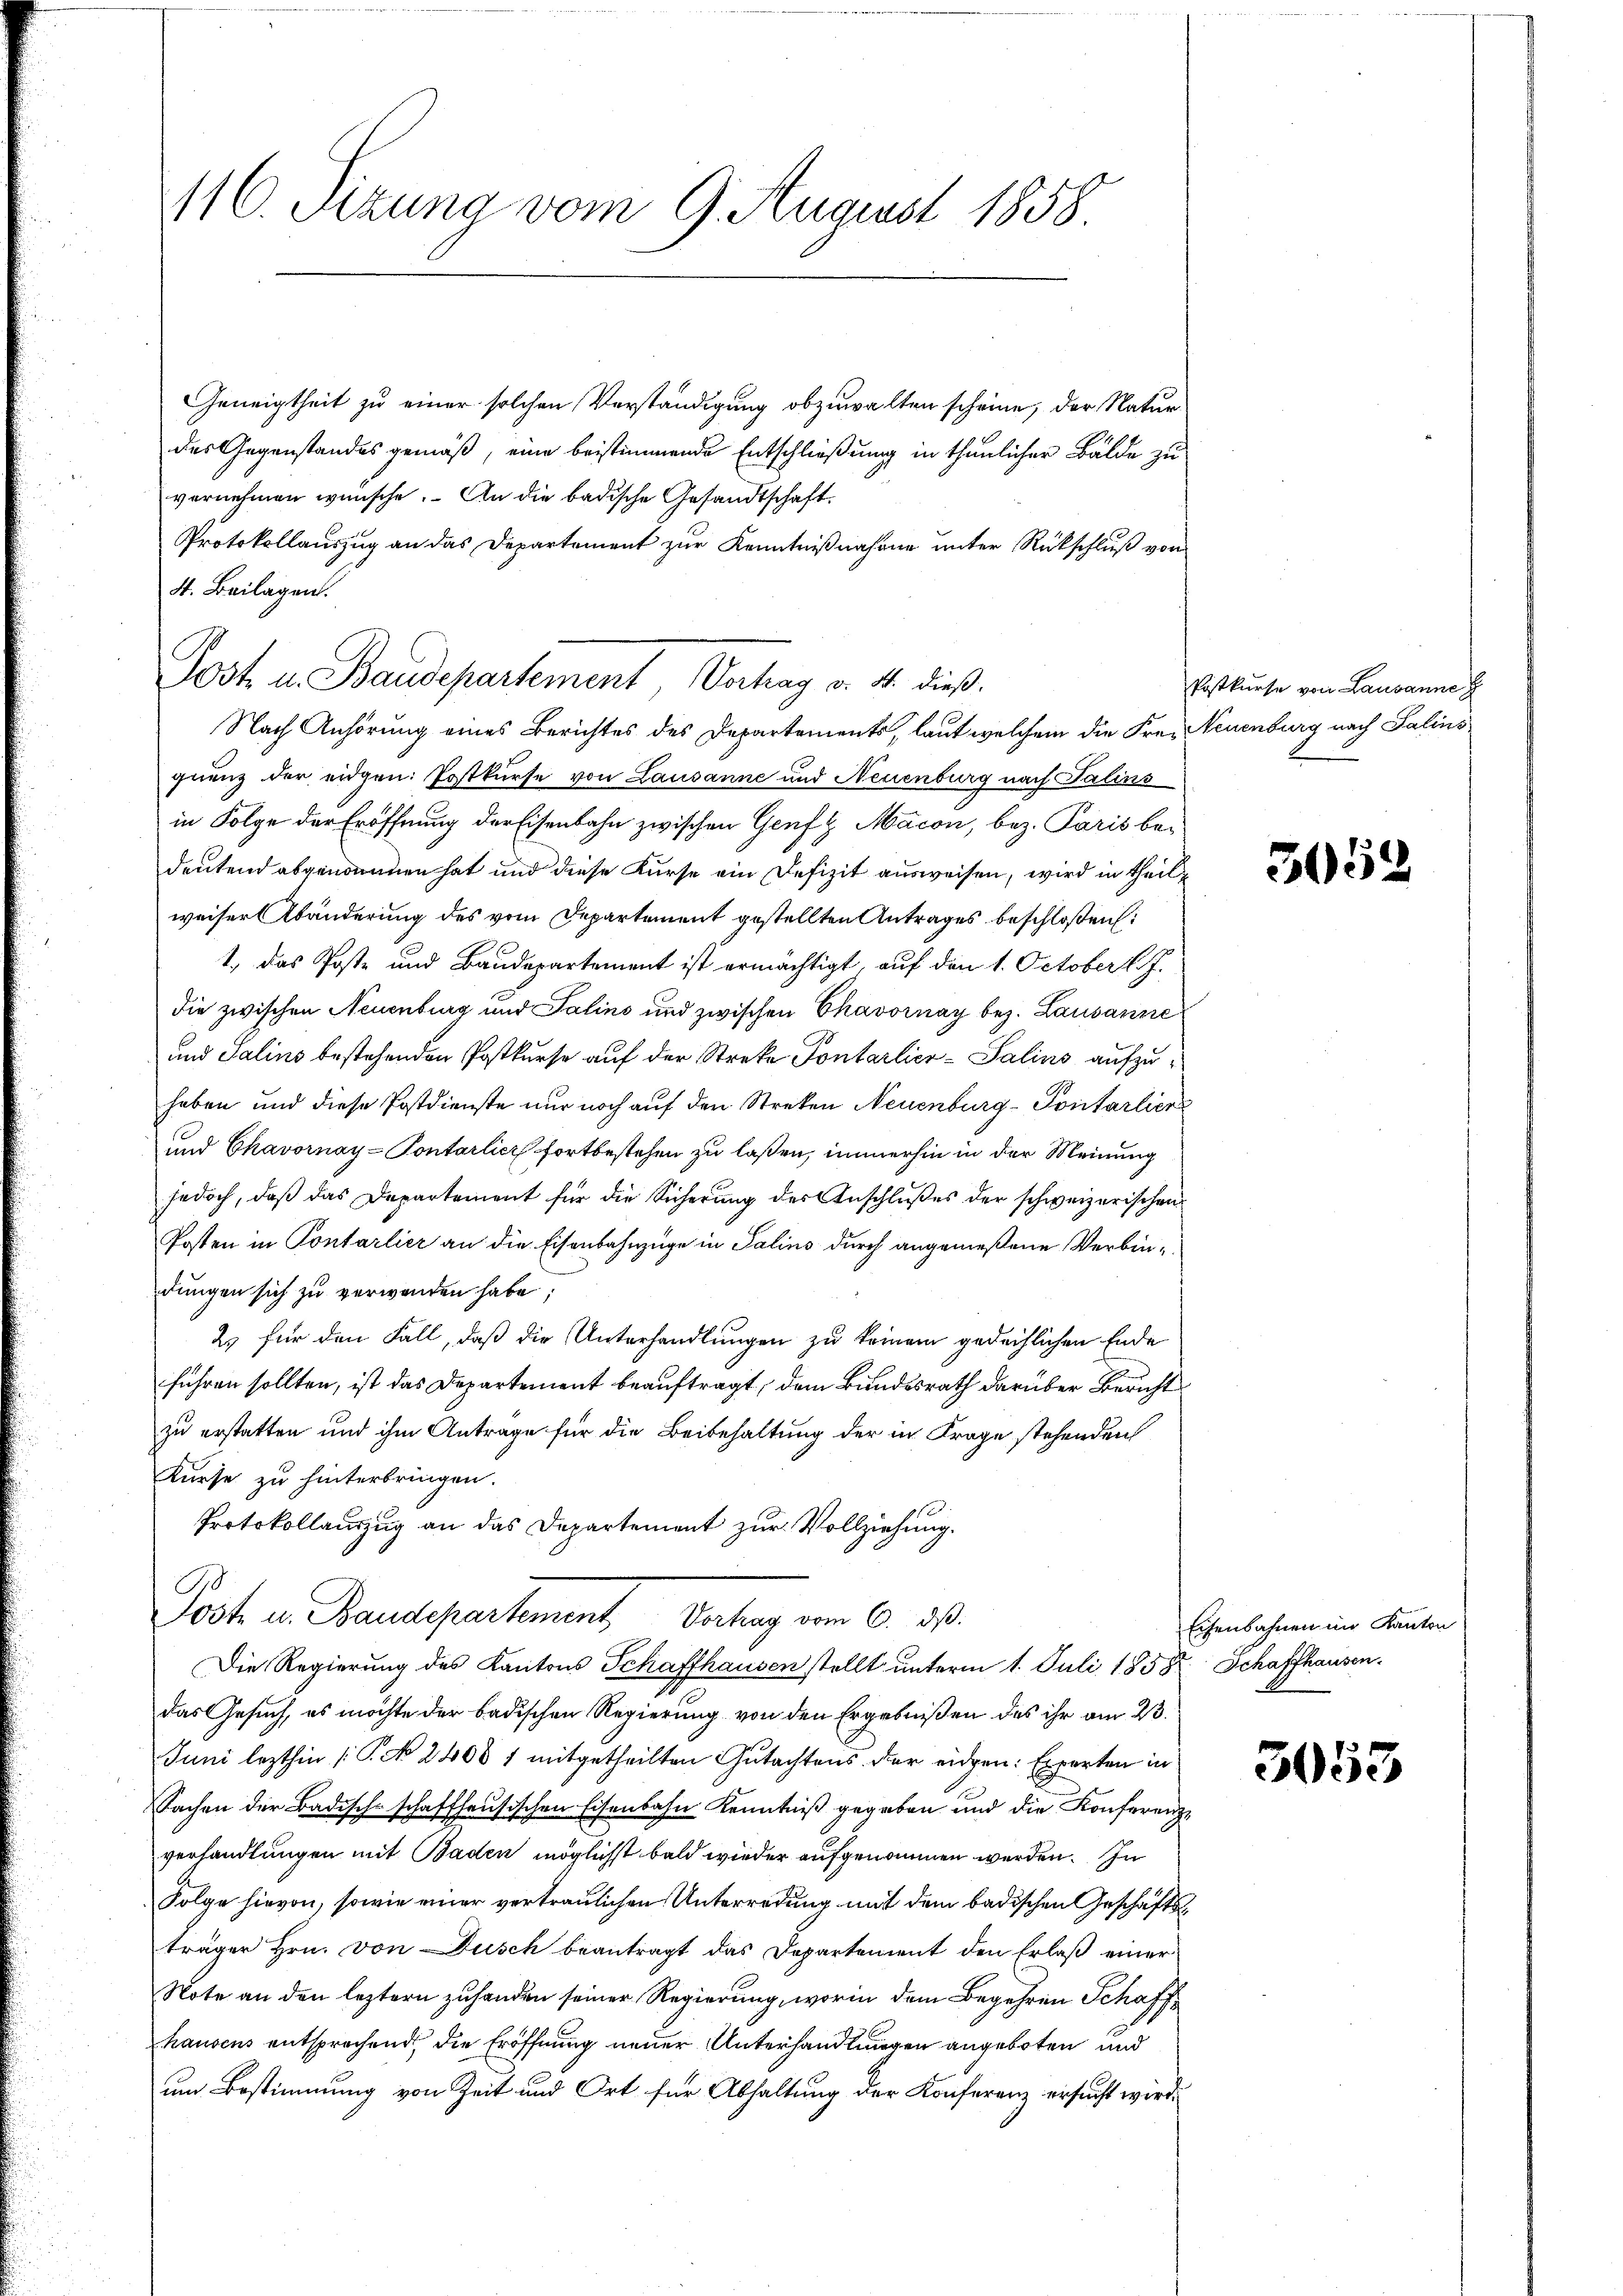
116. Sizung vom 9. August 1858

Geneigtheit zu einer solchen Verständigung abzuwalten scheine, der Natur
des Gegenstandes gemäß, eine bestimmende Entschließung in thunlicher Bälde zu
vornehmen wünsche. An die badische Gesandtschaft
Protokollauszug an das Departement zur Kenntnißnahme unter Rückschluß von
Nach Anhörung eines Berichtes des Departements, laut welchem die Frei Neuenburg nach Salins
quenz der eidgen: Postkurse von Lausanne und Neuenburg nach Talins
in Folge der Eröffnung der Eisenbahn zwischen Genf Macon, bez. Paris bedeutend abgenommen hat und diese Kurse ein Defizit ausweisen, wird in theilweiser Abänderung des vom Departement gestellten Antrages beschloßen:
1.) Das Poste und Baudepartement ist ermächtigt, auf den 1. October. J.
die zwischen Neuenburg und Salins und zwischen Chavornay bez. Lausanne
und Salins bestehenden Postkurse auf der Streke Pontarlier-Salins aufzuhaben und diese Postdienste nur noch auf den Streken Neuenburg - Pontarlier
und Chavornay-Pontarlier fortbestehen zu laßen, immerhin in der Meinung
jedoch, daß das Departement für die Sicherung des Anschlußes der schweizerischen
Posten in Pontarlier an die Eisenbahnzüge in Salins durch angemeßene Verbindungen sich zu verwenden habe;
2. für den Fall, daß die Unterhandlungen zu keinem gedeihlichen Ende
führen sollten, ist das Departement beauftragt, dem Bundesrath darüber Bericht
zu erstatten und ihm Antrage für die Beibehaltung der in Frage stehenden
Kurse zu hinterbringen.
Protokollauszug an das Departement zur Vollziehung.
Post in Baurepartement
Die Regierung des Kantons Schaffhausen stellt unterm 1. Juli 1858 Schaffhausen.
das Gesuch, es möchte der badischen Regierung von den Ergebnißen des ihr am 23.
Juni lezthin (T. No 2400 1 mitgetheilten Gutachtens der eidgen: Experten in
Sachen der Badisch-schaffhausischen Eisenbahn Kenntniß gegeben und die Konferenzverhandlungen mit Baden möglichst bald wieder aufgenommen werden. In
Folge hievon, sowie einer vertraulichen Unterredung mit dem badischen Geschäftsträger Hrn. von Dusch beantragt das Departement den Erlaß einer
Note an den leztern zuhanden seiner Regierung, worin dem Begehren Schaff
hausens entsprechend, die Eröffnung neuer Unterhandlungen angeboten und
um Bestimmung von Zeit und Ort für Abhaltung der Konferenz ersucht wird.

4. Beilagen.
Post u. Baudepartement Vortrag v. 4. dieß:

Postkurse von Lausanne z

3052

Eisenbahnen im Kanton

3053